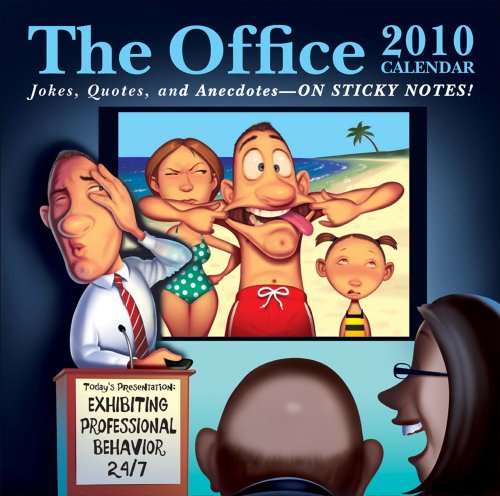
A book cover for The Office: Jokes, Quotes, and Anecdotes: 2010 Day-to-Day Calendar; LLC Andrews McMeel Publishing; Calendars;